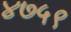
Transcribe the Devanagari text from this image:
४७५९